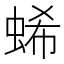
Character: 䖷